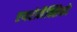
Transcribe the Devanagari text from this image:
एयरोमैक्सिको